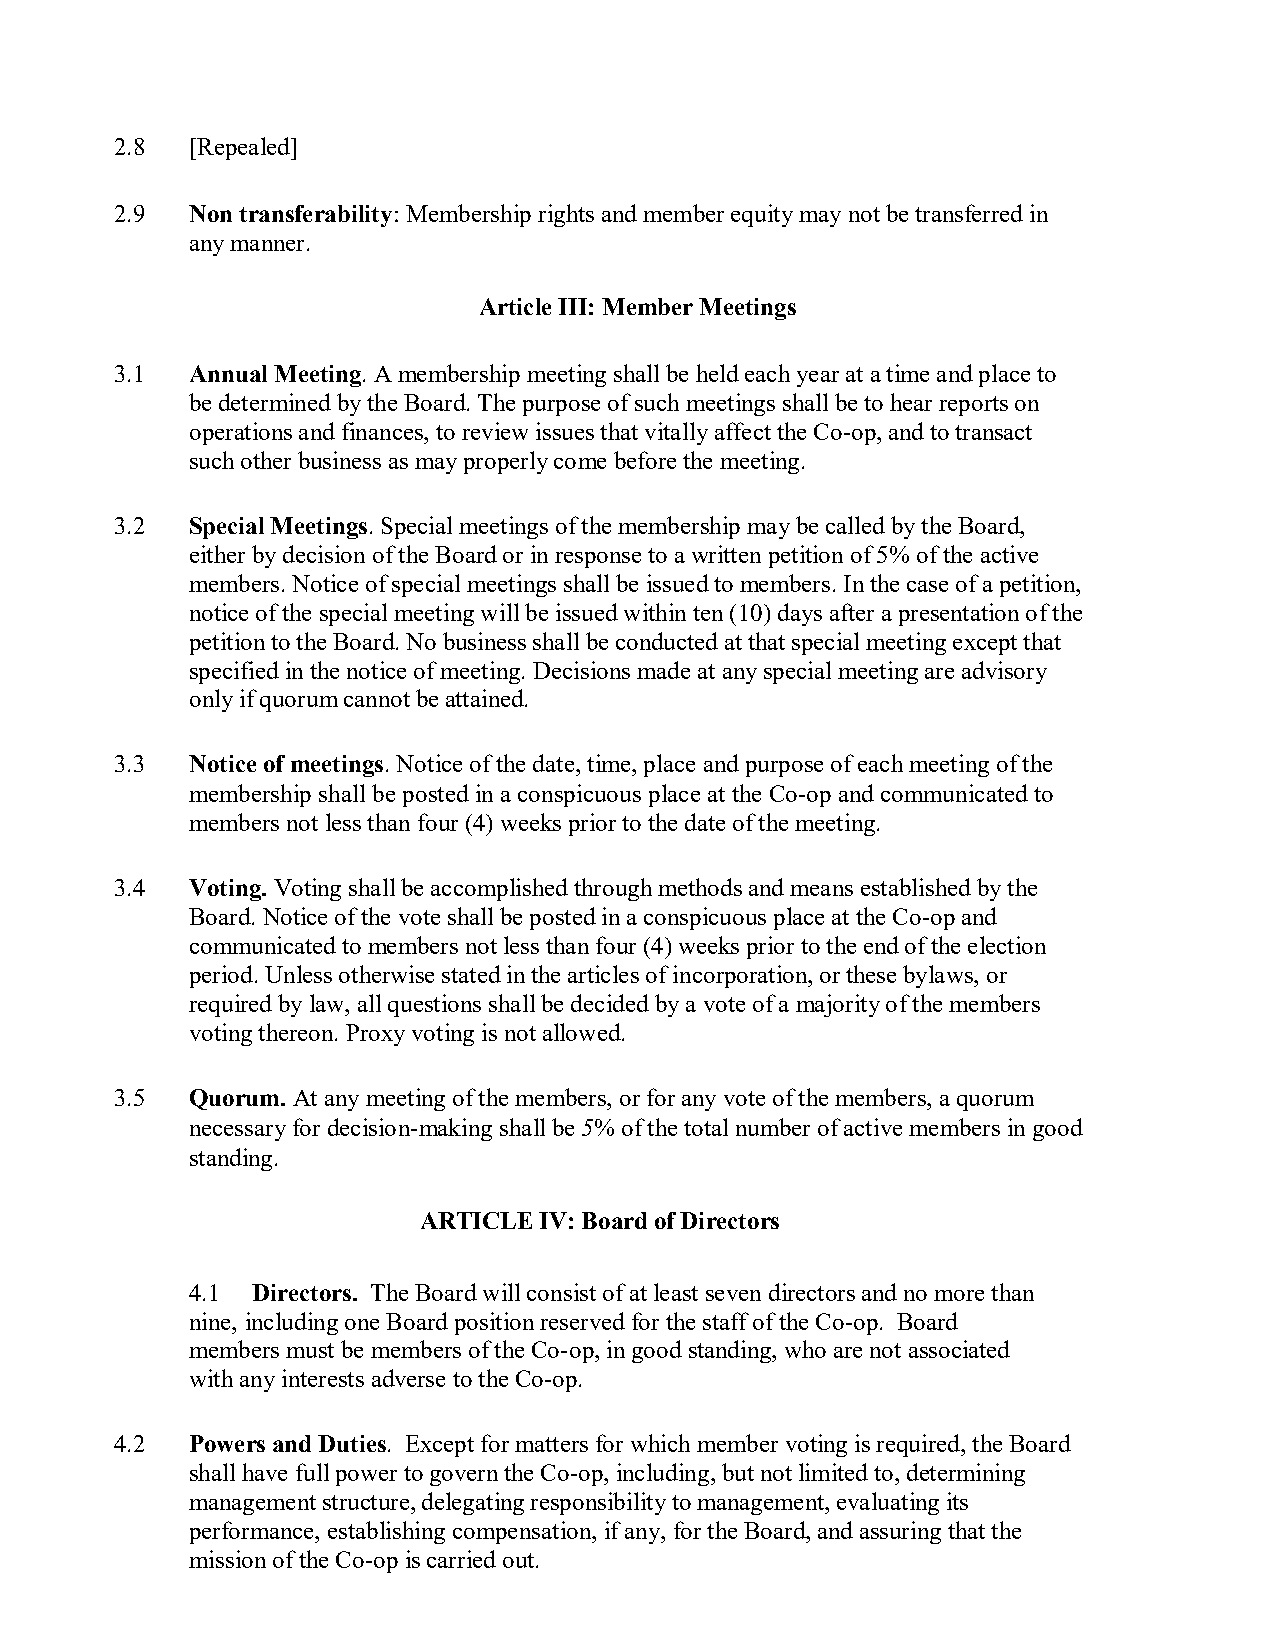
2.8 [Repealed]
 2.9 Non transferability: Membership rights and member equity may not be transferred in
 any manner.
 Article III: Member Meetings
 3.1 Annual Meeting. A membership meeting shall be held each year at a time and place to
 be determined by the Board. The purpose of such meetings shall be to hear reports on
 operations and finances, to review issues that vitally affect the Co-op, and to transact
 such other business as may properly come before the meeting.
 3.2 Special Meetings. Special meetings of the membership may be called by the Board,
 either by decision of the Board or in response to a written petition of 5% of the active
 members. Notice of special meetings shall be issued to members. In the case of a petition,
 notice of the special meeting will be issued within ten (10) days after a presentation of the
 petition to the Board. No business shall be conducted at that special meeting except that
 specified in the notice of meeting. Decisions made at any special meeting are advisory
 only if quorum cannot be attained.
 3.3 Notice of meetings. Notice of the date, time, place and purpose of each meeting of the
 membership shall be posted in a conspicuous place at the Co-op and communicated to
 members not less than four (4) weeks prior to the date of the meeting.
 3.4 Voting. Voting shall be accomplished through methods and means established by the
 Board. Notice of the vote shall be posted in a conspicuous place at the Co-op and
 communicated to members not less than four (4) weeks prior to the end of the election
 period. Unless otherwise stated in the articles of incorporation, or these bylaws, or
 required by law, all questions shall be decided by a vote of a majority of the members
 voting thereon. Proxy voting is not allowed.
 3.5 Quorum. At any meeting of the members, or for any vote of the members, a quorum
 necessary for decision-making shall be 5% of the total number of active members in good
 standing.
 ARTICLE IV: Board of Directors
 4.1  Directors. The Board will consist of at least seven directors and no more than
 nine, including one Board position reserved for the staff of the Co-op. Board
 members must be members of the Co-op, in good standing, who are not associated
 with any interests adverse to the Co-op.
 4.2 Powers and Duties. Except for matters for which member voting is required, the Board
 shall have full power to govern the Co-op, including, but not limited to, determining
 management structure, delegating responsibility to management, evaluating its
 performance, establishing compensation, if any, for the Board, and assuring that the
 mission of the Co-op is carried out.